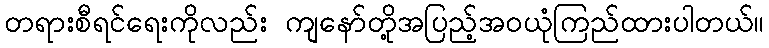
တရားစီရင်ရေးကိုလည်း ကျနော်တို့အပြည့်အဝယုံကြည်ထားပါတယ်။